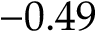
- 0 . 4 9